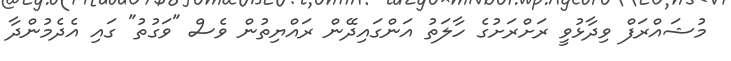
މުޝައްރަފް ވިދާޅުވީ ރަށްރަށުގެ ހާލަތު އަންގައިދޭން ރައްޔިތުން ވެސް "ވަގުތު" ގައި އެދެމުންދާ